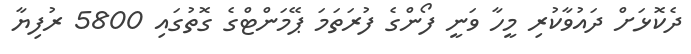
ދެކޮޅަށް ދައުވާކުރި މީހާ ވަނީ ފޯންގެ ފުރަތަމަ ޕޭމަންޓްގެ ގޮތުގައި 5800 ރުފިޔާ